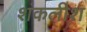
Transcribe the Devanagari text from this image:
शंकलीश